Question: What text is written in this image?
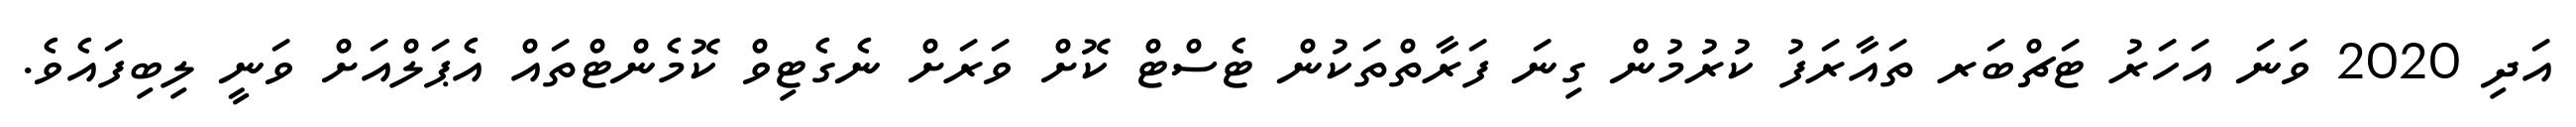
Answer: އަދި 2020 ވަނަ އަހަރު ޓަޗްބަރ ތައާރަފު ކުރުމުން ގިނަ ފަރާތްތަކުން ޓެސްޓް ކޮށް ވަރަށް ނެގެޓިވް ކޮމެންޓްތައް އެޕަލްއަށް ވަނީ ލިބިފައެވެ.